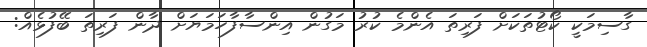
ގާސިމަކީ ކޯޓުތަކަށް ފަރިތަ އެންމެ ކުރު މަގުން އިންސާފާހަމަޔަށް ދާން ފަރިތަ ބޭފުޅެއް: